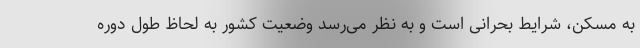
به مسکن، شرایط بحرانی است و به نظر می‌رسد وضعیت کشور به لحاظ طول دوره